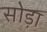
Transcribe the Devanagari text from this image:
सोड़ा